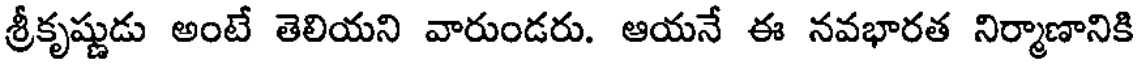
శ్రీకృష్ణుడు అంటే తెలియని వారుండరు. ఆయనే ఈ నవభారత నిర్మాణానికి